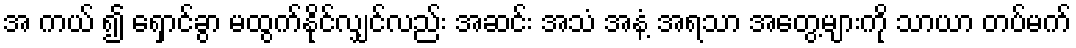
အ ကယ် ၍ ရှောင်ခွာ မထွက်နိုင်လျှင်လည်း အဆင်း အသံ အနံ့ အရသာ အတွေ့များကို သာယာ တပ်မက်